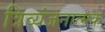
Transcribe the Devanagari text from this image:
त्रिव्यंजनात्मक